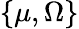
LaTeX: \{ \mu,\Omega\}